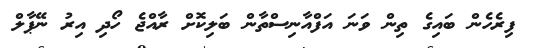
ފިރެހެން ބައިގެ ތިން ވަނަ އަފްއާނިސްތާން ބަލިކޮށް ރާއްޖެ ހޯދި އިރު ނޭޕާލް